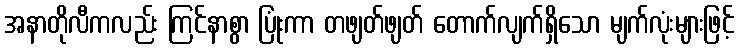
အနာတိုလီကလည်း ကြင်နာစွာ ပြုံးကာ တဖျတ်ဖျတ် တောက်လျက်ရှိသော မျက်လုံးများဖြင့်